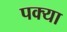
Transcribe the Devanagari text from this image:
पक्या